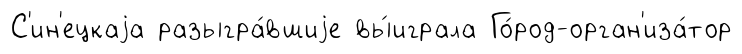
С'ин'ецкаjа разыгра́вшиjе вы́играла Го́род-орган'иза́тор